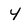
Character: 4